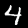
Digit: 4